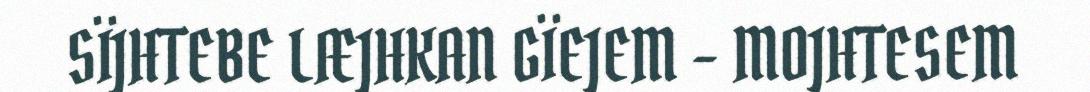
SÏJHTEBE LÆJHKAN GÏEJEM – MOJHTESEM